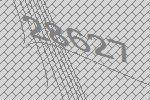
28627